First report of the anti-malarial operations at Mian Mir, 1901-1903 - Number 6
Year: 1901
Disease focus: Malaria
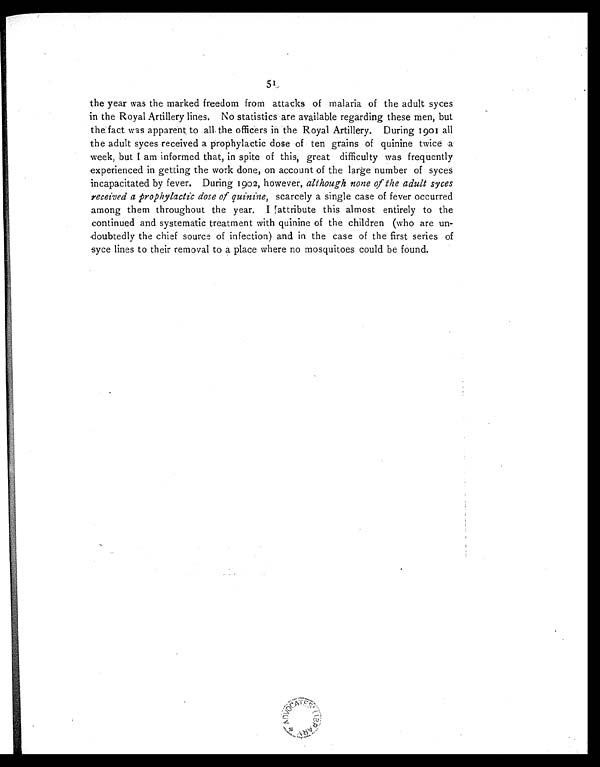
51
the year was the marked freedom from attacks of malaria of the adult syces
in the Royal Artillery lines. No statistics are available regarding these men, but
the fact was apparent to all the officers in the Royal Artillery. During 1901 all
the adult syces received a prophylactic dose of ten grains of quinine twice a
week, but I am informed that, in spite of this, great difficulty was frequently
experienced in getting the work done, on account of the large number of syces
incapacitated by fever. During 1902, however, although none of the adult syces
received a prophylactic dose of quinine, scarcely a single case of fever occurred
among them throughout the year. I attribute this almost entirely to the
continued and systematic treatment with quinine of the children (who are un
- d o u b t e d l y t h e c h i e f s o u r c e o f i n f e c t i o n ) a n d i n t h e c a s e o f t h e f i r s t s e r i e s o f
syce lines to their removal to a place where no mosquitoes could be found.